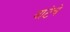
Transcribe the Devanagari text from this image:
वाटेचे